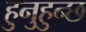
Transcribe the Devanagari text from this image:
हुनुहुन्छ